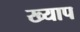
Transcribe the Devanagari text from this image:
ख्याप